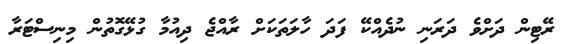
ރޭޓިން ދަށްވެ ދަރަނި ނުދެއްކޭ ފަދަ ހާލަތަކަށް ރާއްޖެ ދިއުމާ ގުޅޭގޮތުން މިނިސްޓަރާ